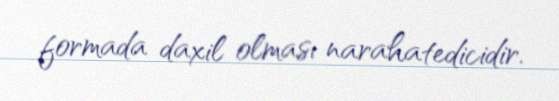
formada daxil olması narahatedicidir.